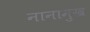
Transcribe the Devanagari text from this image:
नानामुख